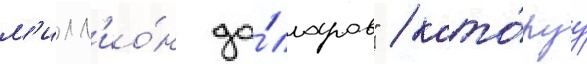
м'илл'ио́н до́лларов" / кото́руу